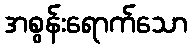
အစွန်းရောက်သော